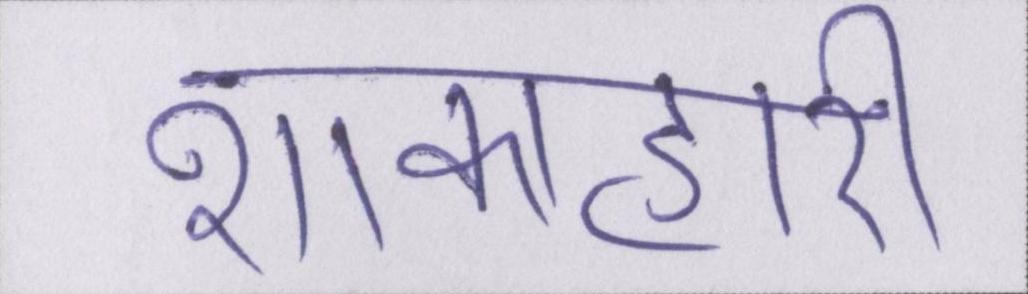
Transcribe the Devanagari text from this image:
शाकाहारी